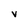
Character: v